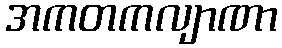
အကတကလျာဏာ